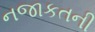
નજાકતની